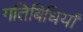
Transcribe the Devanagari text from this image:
गतिबिधियाँ